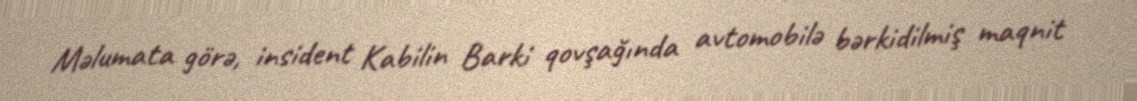
Məlumata görə, insident Kabilin Barki qovşağında avtomobilə bərkidilmiş maqnit